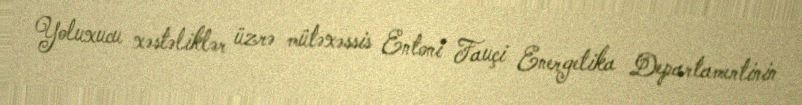
Yoluxucu xəstəliklər üzrə mütəxəssis Entoni Fauçi Energetika Departamentinin